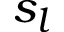
s _ { l }